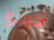
أخرجوا